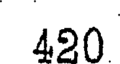
420